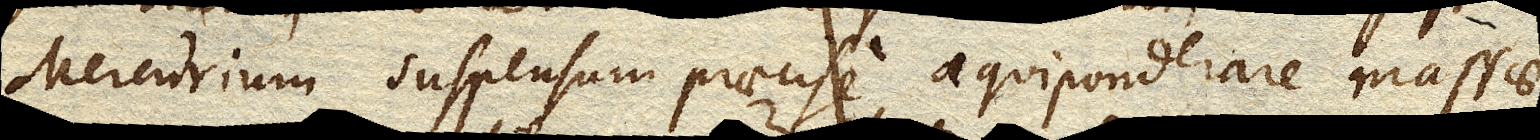
Mercurium suspensum praecise aequiponderare massae